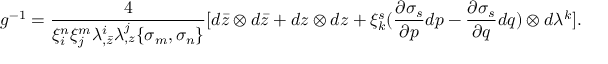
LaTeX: g ^ { - 1 } = { \frac { 4 } { \xi _ { i } ^ { n } \xi _ { j } ^ { m } \lambda _ { , \bar { z } } ^ { i } \lambda _ { , z } ^ { j } \{ \sigma _ { m } , \sigma _ { n } \} } } [ d \bar { z } \otimes d \bar { z } + d z \otimes d z + \xi _ { k } ^ { s } ( { \frac { \partial \sigma _ { s } } { \partial p } } d p - { \frac { \partial \sigma _ { s } } { \partial q } } d q ) \otimes d \lambda ^ { k } ] .